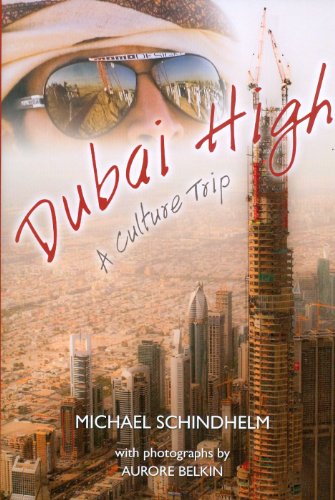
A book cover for Dubai High: A Culture Trip; Michael Schindhelm; History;